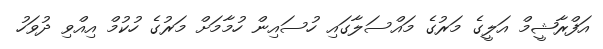
އަފްރާޝީމް އަލީގެ މަރުގެ މައްސަލާގައި ހުސައިން ހުމާމަށް މަރުގެ ހުކުމް އިއްވި ދުވަހު